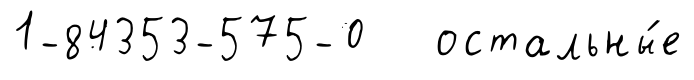
1-84353-575-0 остальны́е